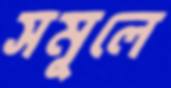
সমূলে